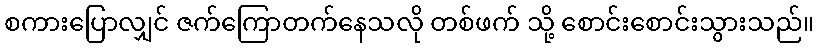
စကားပြောလျှင် ဇက်ကြောတက်နေသလို တစ်ဖက် သို့ စောင်းစောင်းသွားသည်။